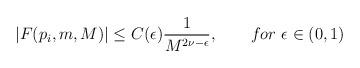
LaTeX: \begin{align*}|F(p_i,m,M)|\leq C(\epsilon){1\over M^{2\nu-\epsilon}},\qquad for \hskip 4pt\epsilon\in(0,1)\end{align*}